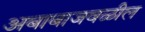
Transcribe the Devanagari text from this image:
अबाबाजवळील